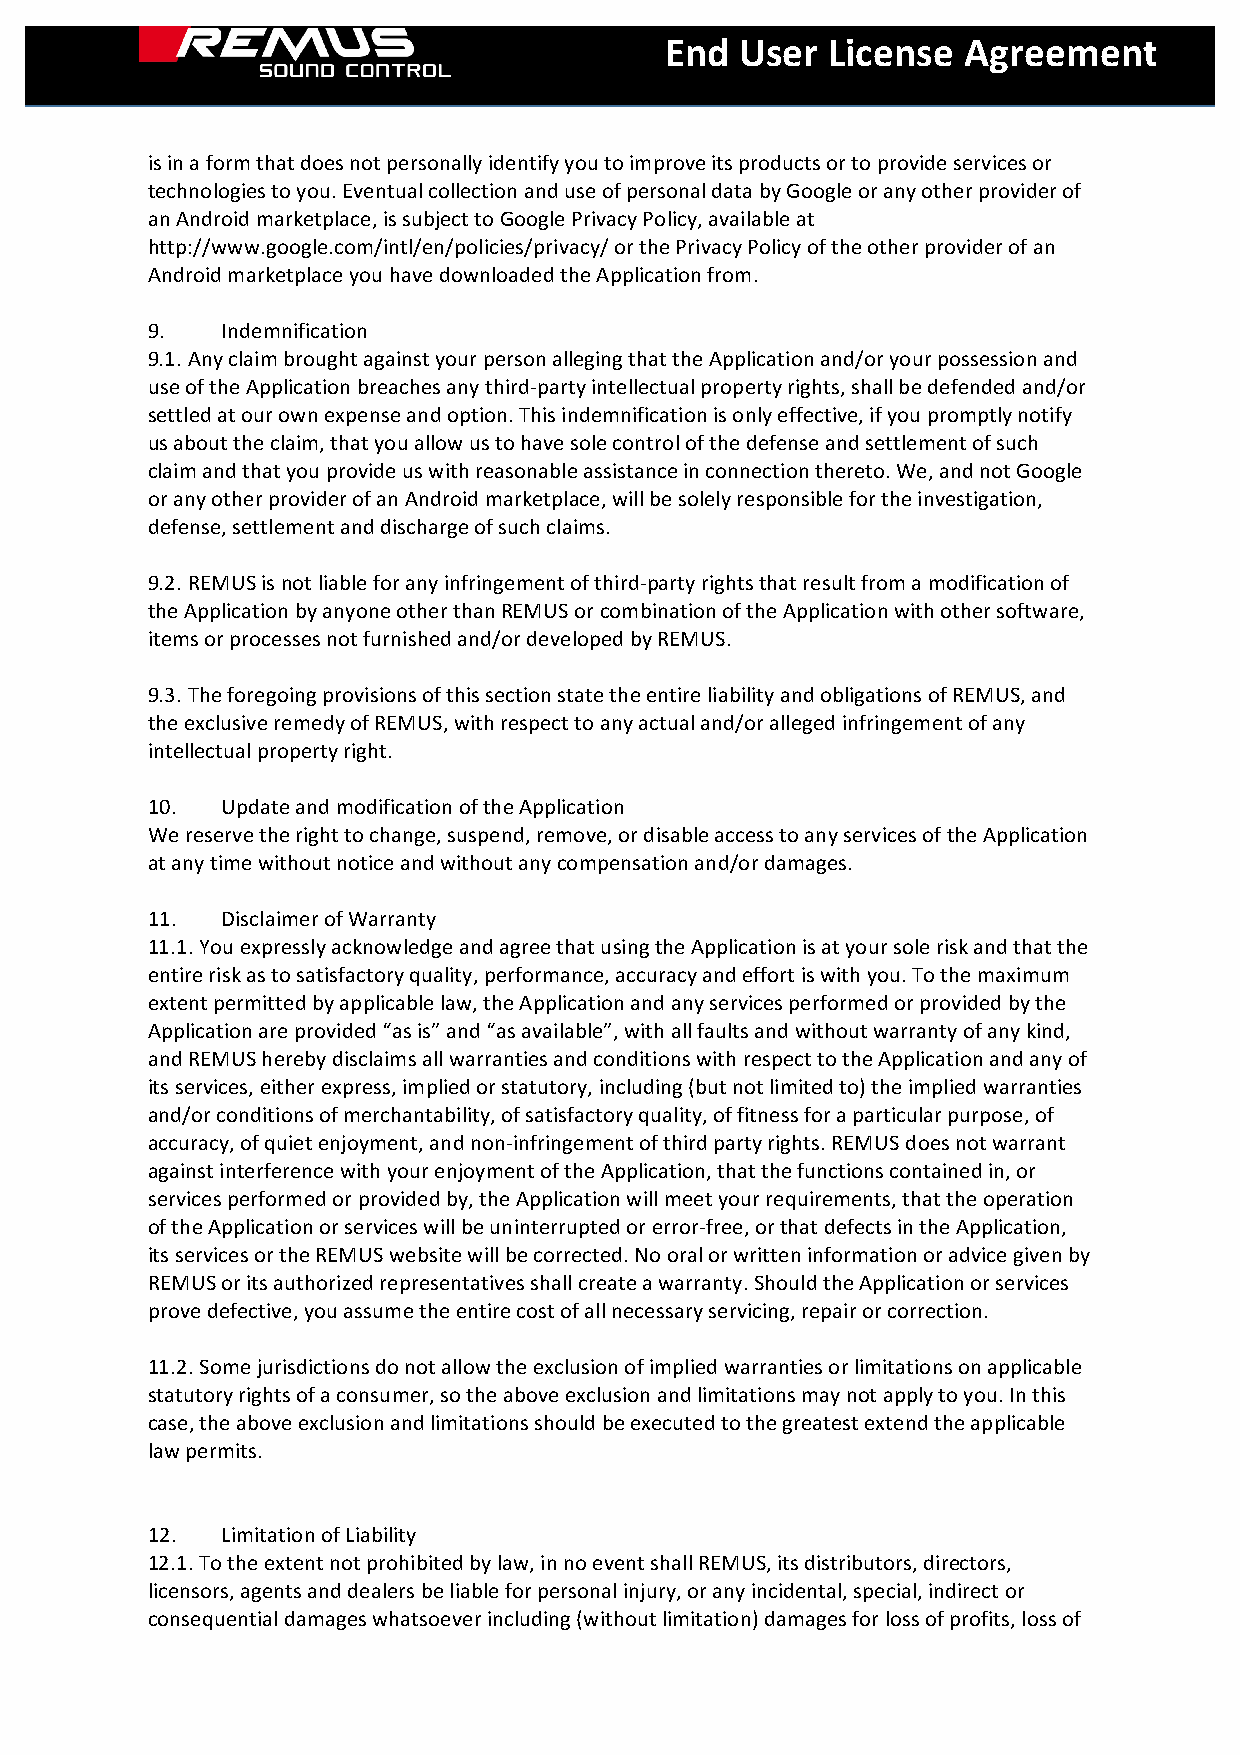
End  User  License  Agreement
 is in a form that does not personally identify you to improve its products or to provide services or
 technologies to you. Eventual collection and use of personal data by Google or any other provider of
 an Android marketplace, is subject to Google Privacy Policy, available at
 http://www.google.com/intl/en/policies/privacy/ or the Privacy Policy of the other provider of an
 Android marketplace you have downloaded the Application from.
 9.   Indemnification
 9.1. Any claim brought against your person alleging that the Application and/or your possession and
 use of the Application breaches any third-party intellectual property rights, shall be defended and/or
 settled at our own expense and option. This indemnification is only effective, if you promptly notify
 us about the claim, that you allow us to have sole control of the defense and settlement of such
 claim and that you provide us with reasonable assistance in connection thereto. We, and not Google
 or any other provider of an Android marketplace, will be solely responsible for the investigation,
 defense, settlement and discharge of such claims.
 9.2. REMUS is not liable for any infringement of third-party rights that result from a modification of
 the Application by anyone other than REMUS or combination of the Application with other software,
 items or processes not furnished and/or developed by REMUS.
 9.3. The foregoing provisions of this section state the entire liability and obligations of REMUS, and
 the exclusive remedy of REMUS, with respect to any actual and/or alleged infringement of any
 intellectual property right.
 10.  Update and modification of the Application
 We reserve the right to change, suspend, remove, or disable access to any services of the Application
 at any time without notice and without any compensation and/or damages.
 11.  Disclaimer of Warranty
 11.1. You expressly acknowledge and agree that using the Application is at your sole risk and that the
 entire risk as to satisfactory quality, performance, accuracy and effort is with you. To the maximum
 extent permitted by applicable law, the Application and any services performed or provided by the
 Application are provided “as is” and “as available”, with all faults and without warranty of any kind,
 and REMUS hereby disclaims all warranties and conditions with respect to the Application and any of
 its services, either express, implied or statutory, including (but not limited to) the implied warranties
 and/or conditions of merchantability, of satisfactory quality, of fitness for a particular purpose, of
 accuracy, of quiet enjoyment, and non-infringement of third party rights. REMUS does not warrant
 against interference with your enjoyment of the Application, that the functions contained in, or
 services performed or provided by, the Application will meet your requirements, that the operation
 of the Application or services will be uninterrupted or error-free, or that defects in the Application,
 its services or the REMUS website will be corrected. No oral or written information or advice given by
 REMUS or its authorized representatives shall create a warranty. Should the Application or services
 prove defective, you assume the entire cost of all necessary servicing, repair or correction.
 11.2. Some jurisdictions do not allow the exclusion of implied warranties or limitations on applicable
 statutory rights of a consumer, so the above exclusion and limitations may not apply to you. In this
 case, the above exclusion and limitations should be executed to the greatest extend the applicable
 law permits.
 12.  Limitation of Liability
 12.1. To the extent not prohibited by law, in no event shall REMUS, its distributors, directors,
 licensors, agents and dealers be liable for personal injury, or any incidental, special, indirect or
 consequential damages whatsoever including (without limitation) damages for loss of profits, loss of